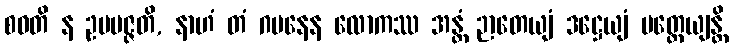
စဝတိ န ဥပပဇ္ဇတိ, နာဟံ တံ ဂမနေန လောကဿ အန္တံ ဉာတေယျံ ဒဋ္ဌေယျံ ပတ္တေယျန္တိ